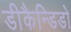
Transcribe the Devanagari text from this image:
डीकैन्डिडो